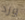
ورد